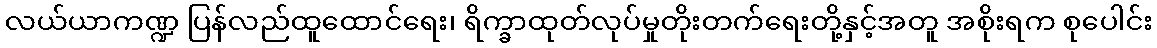
လယ်ယာကဏ္ဍ ပြန်လည်ထူထောင်ရေး၊ ရိက္ခာထုတ်လုပ်မှုတိုးတက်ရေးတို့နှင့်အတူ အစိုးရက စုပေါင်း